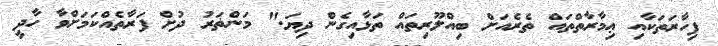
ފިހާރަތަކާއި ޢިމާރާތްތައް ތެރެއަށް ބިއްލޫރިތައް ތަޅާއިގެން ދިޔަ." މަންޡަރު ދުށް ފަރާތެއްކަމަށްވާ ހާދީ